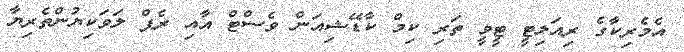
އެމެރިކާގެ ރިއަލިޓީ ޓީވީ ތަރި ކިމް ކާޑޭޝިއަން ވެސްޓް އާއި ރެޕް ލަވަކިޔުންތެރިޔާ